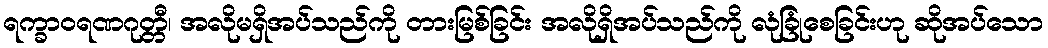
ရက္ခာဝရဏဂုတ္တီ၊ အလိုမရှိအပ်သည်ကို တားမြစ်ခြင်း အလိုရှိအပ်သည်ကို လုံခြုံစေခြင်းဟု ဆိုအပ်သော